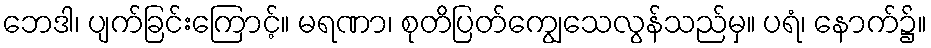
ဘေဒါ၊ ပျက်ခြင်းကြောင့်။ မရဏာ၊ စုတိပြတ်ကျွေသေလွန်သည်မှ။ ပရံ၊ နောက်၌။